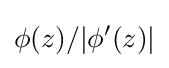
\phi (z)/|\phi '(z)|